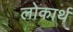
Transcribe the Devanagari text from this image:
लोकार्थ